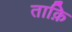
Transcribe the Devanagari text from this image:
ताक़ि